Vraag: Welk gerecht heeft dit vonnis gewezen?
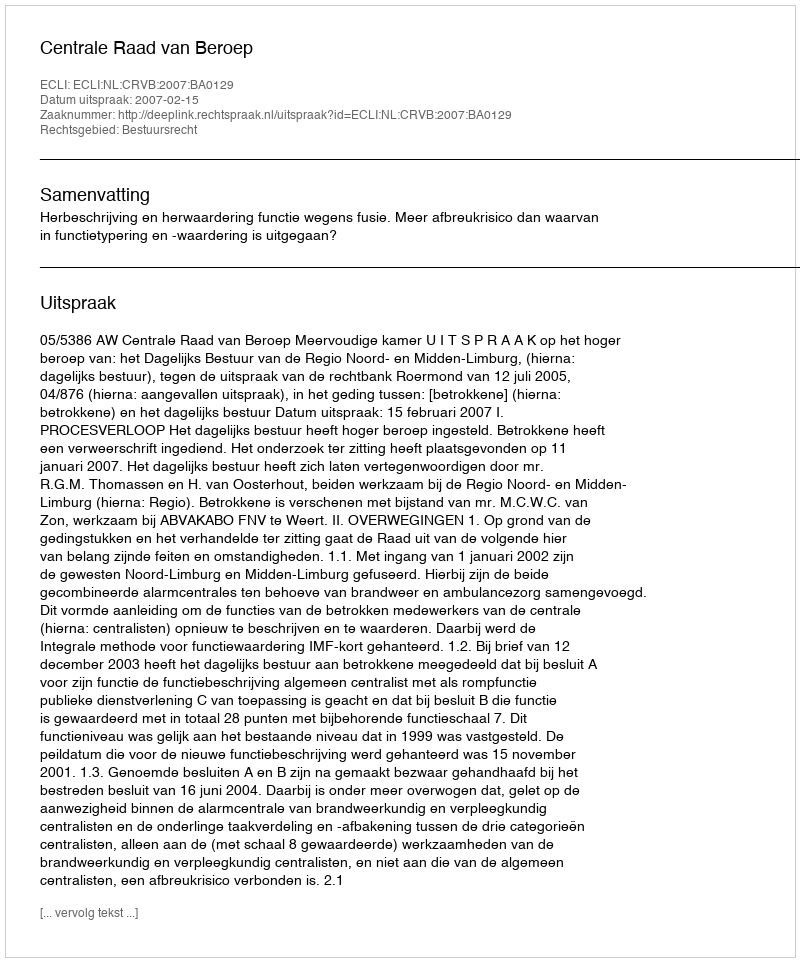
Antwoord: Centrale Raad van Beroep